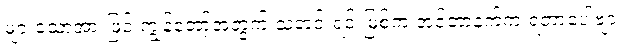
များသောအားဖြင့် ကျွန်တော့်အတွက် သတင်းရင်းမြစ်က အင်တာနက်က ရတာပေါ့ဗျာ။